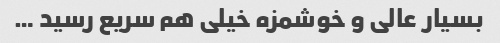
بسیار عالی و خوشمزه خیلی هم سریع رسید …